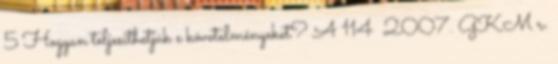
5 Hogyan teljesíthetjük e követelményeket? A 114 2007. GKM r.